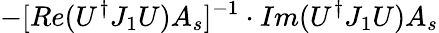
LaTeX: -[Re(U^{\dagger}J_{1}U)A_{s}]^{-1}\cdot Im(U^{\dagger}J_{1}U)A_{s}